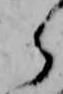
ら